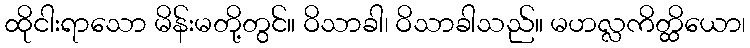
ထိုငါးရာသော မိန်းမတို့တွင်။ ဝိသာခါ၊ ဝိသာခါသည်။ မဟလ္လကိတ္ထိယော၊